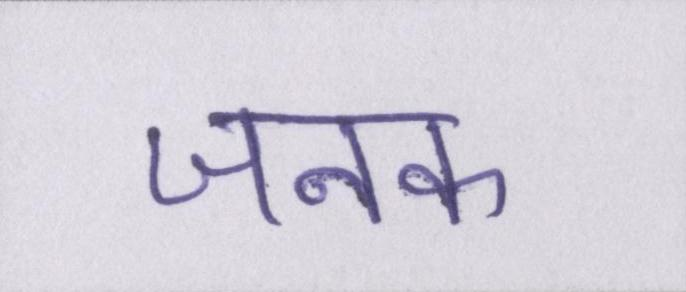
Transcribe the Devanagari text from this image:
जनक